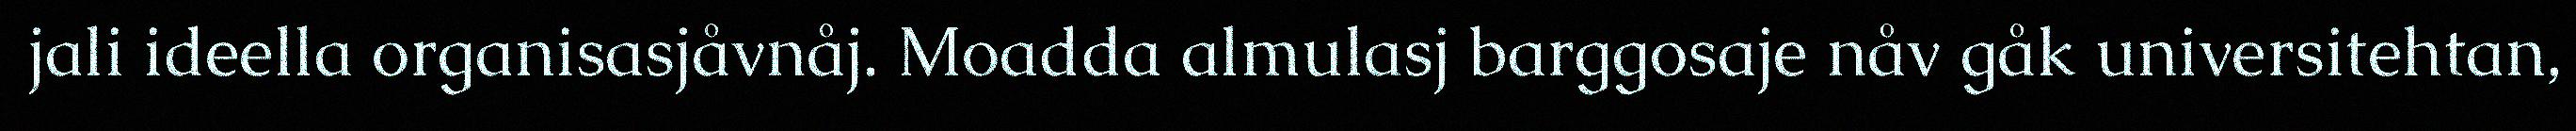
jali ideella organisasjåvnåj. Moadda almulasj barggosaje nåv gåk universitehtan,